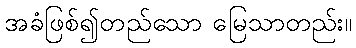
အခံဖြစ်၍တည်သော မြေသာတည်း။